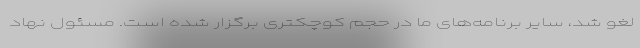
لغو شد، سایر برنامه‌های ما در حجم کوچکتری برگزار شده است. مسئول نهاد